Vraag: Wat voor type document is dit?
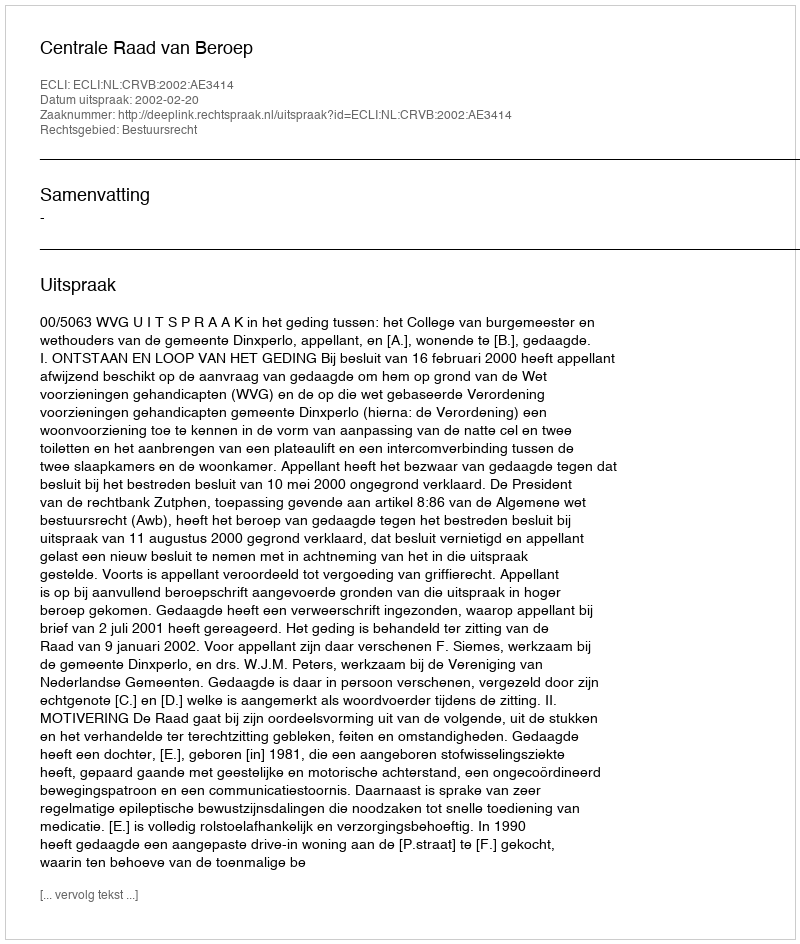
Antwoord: Uitspraak